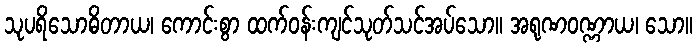
သုပရိသောဓိတာယ၊ ကောင်းစွာ ထက်ဝန်းကျင်သုတ်သင်အပ်သော။ အရုဏဝဏ္ဏာယ၊ သော။